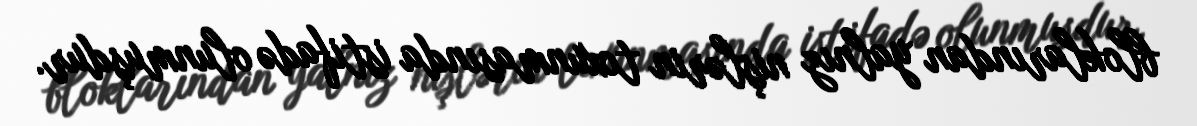
bloklarından yalnız nişlərin toxunmasında istifadə olunmuşdur.